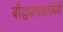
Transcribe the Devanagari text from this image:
बौद्धधर्मावलंबियों